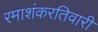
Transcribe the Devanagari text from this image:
रमाशंकरतिवारी